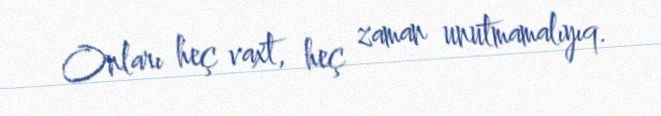
Onları heç vaxt, heç zaman unutmamalıyıq.